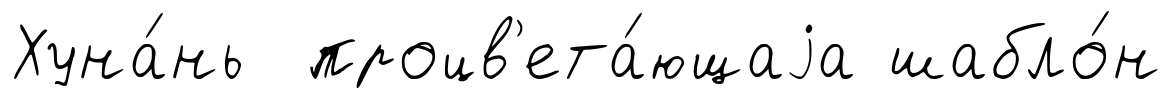
Хуна́нь процв'ета́ющаjа шабло́н